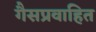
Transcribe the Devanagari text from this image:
गैसप्रवाहित